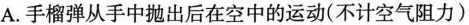
A.手榴弹从手中抛出后在空中的运动(不计空气阻力)